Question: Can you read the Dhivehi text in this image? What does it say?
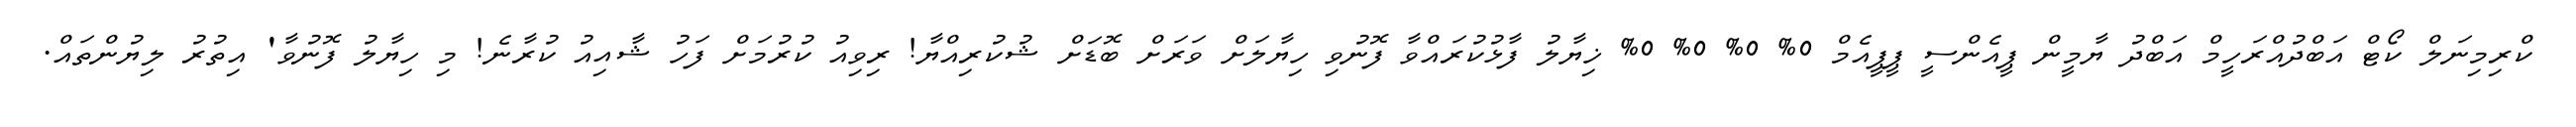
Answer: ކްރިމިނަލް ކޯޓް އަބްދުއްރަހީމް އަބްދު ޔާމީން ޕީއެންސީ ޕީޕީއެމް 0% 0% 0% 0% ޚިޔާލު ފާޅުކުރައްވާ ފޮނުވި ހިޔާލަށް ވަރަށް ބޮޑަށް ޝުކުރިއްޔާ! ރިވިއު ކުރުމަށް ފަހު ޝާއިއު ކުރާނެ! މި ހިޔާލު ފޮނުވާ' އިތުރު ލިޔުންތައް.